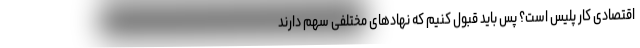
اقتصادی کار پلیس است؟ پس باید قبول کنیم که نهادهای مختلفی سهم دارند